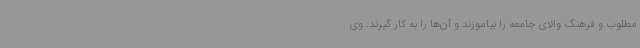
مطلوب و فرهنگ والای جامعه را بیاموزند و آن‌ها را به کار گیرند. وی